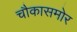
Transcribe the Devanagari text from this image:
चौकासमोर